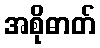
အစိုဓာတ်